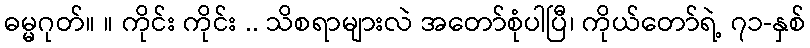
ဓမ္မဂုတ်။ ။ ကိုင်း ကိုင်း .. သိစရာများလဲ အတော်စုံပါပြီ၊ ကိုယ်တော်ရဲ့ ၇၁-နှစ်